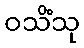
ဝသိံသု